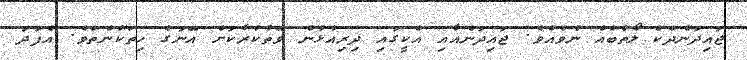
ޖައިދަންދެކެ ލޯތްބެއް ނުވެއެވެ. ޖައިދަންއާއި އެކީގައި ދިރިއުޅުން ވޭތުކުރާކަށް އޭނަގެ ހިތަކުނެތެވެ. އެފަދަ